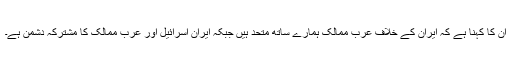
ان کا کہنا ہے کہ ایران کے خلاف عرب ممالک ہمارے ساتھ متحد ہیں جبکہ ایران اسرائیل اور عرب ممالک کا مشترکہ دشمن ہے۔